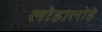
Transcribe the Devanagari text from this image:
लोहालोहे